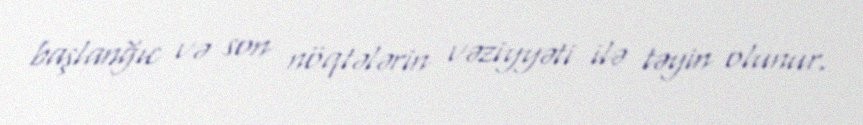
başlanğıc və son nöqtələrin vəziyyəti ilə təyin olunur.